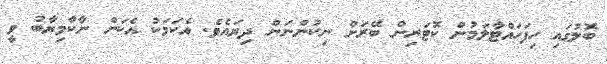
ބޮލުގައި ހިފަހައްޓާލަމުން ކޮޓަރިން ބޭރަށް ނިކުންނަން ދިޔައެވެ. އެކަމަކު އެކަން ނާކާމިޔާބު ވީ